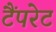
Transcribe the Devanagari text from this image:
टैंपरेट